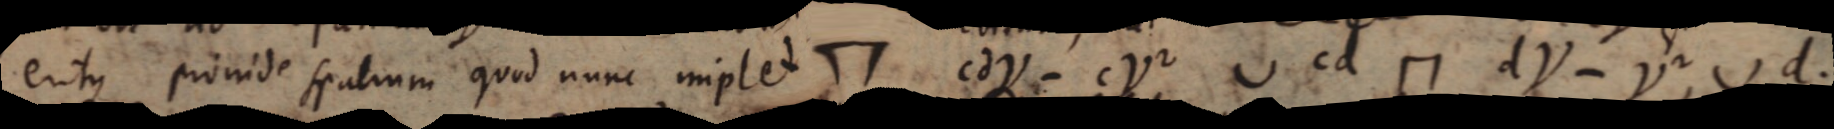
eritque proinde spatium quod nunc implet ⊓ cdγ - cy² ⌣ cd ⊓ dγ - γ², ⌣ d.